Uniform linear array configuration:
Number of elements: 16
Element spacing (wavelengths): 0.5
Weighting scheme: binomial
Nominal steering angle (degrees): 15
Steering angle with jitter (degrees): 15.984
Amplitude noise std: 0.05
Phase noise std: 0.05

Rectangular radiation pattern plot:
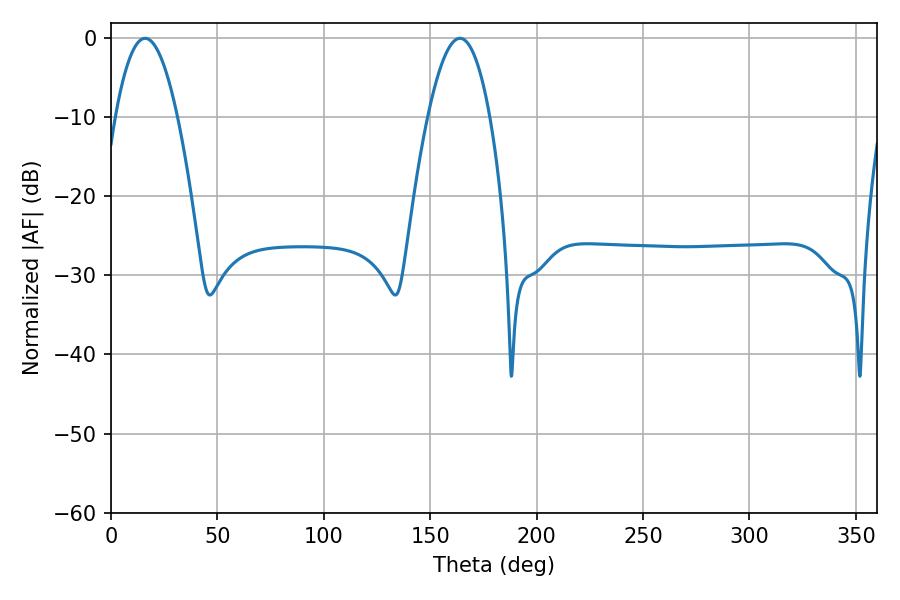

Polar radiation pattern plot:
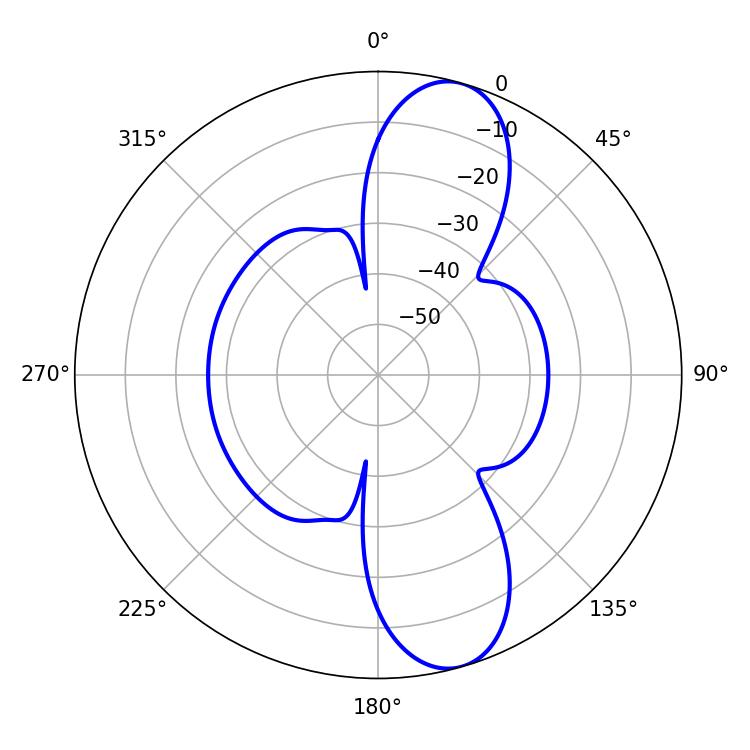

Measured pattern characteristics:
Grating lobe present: FALSE
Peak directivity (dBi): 10.805
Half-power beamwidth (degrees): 15.84
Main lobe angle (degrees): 16.02